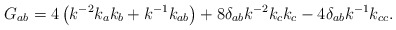
\begin{align*}G_{ab} = 4 \left ( k^{-2} k_{a} k_{b} + k^{-1} k_{ab} \right ) + 8\delta _{ab} k^{-2 } k_{c} k_{c} - 4 \delta _{ab} k^{-1 } k_{cc}.\end{align*}